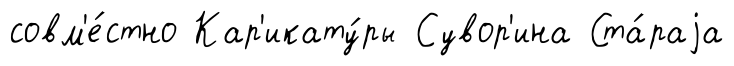
совм'е́стно Кар'икату́ры Сувор'ина Ста́раjа